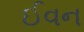
ઈવન